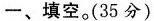
一、填空。(35分)